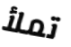
تملأ